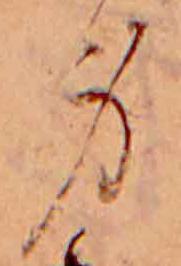
身